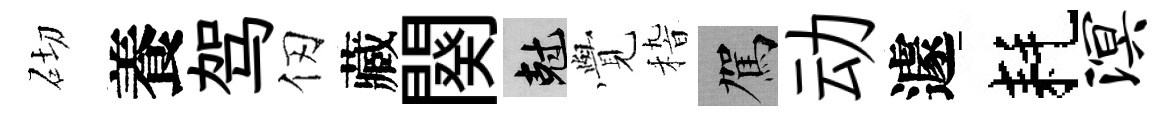
砌養驾仞藏闋剋𮗜𥟵駕动遽耗溟